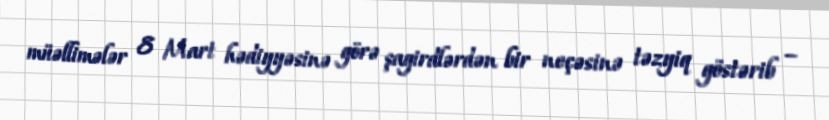
müəllimələr 8 Mart hədiyyəsinə görə şagirdlərdən bir neçəsinə təzyiq göstərib –